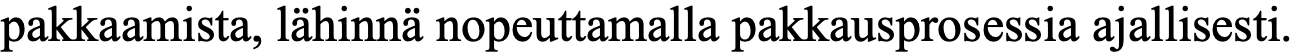
pakkaamista, lähinnä nopeuttamalla pakkausprosessia ajallisesti.